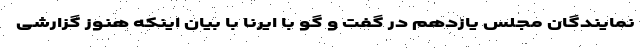
نمایندگان مجلس یازدهم در گفت و گو با ایرنا با بیان اینکه هنوز گزارشی